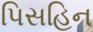
પિસહિન